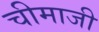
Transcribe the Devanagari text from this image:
चीमाजी